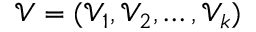
\mathcal { V } = ( \mathcal { V } _ { 1 } , \mathcal { V } _ { 2 } , \ldots , \mathcal { V } _ { k } )